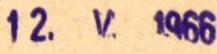
12.V.1966